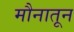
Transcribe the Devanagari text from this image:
मौनातून